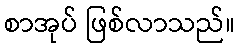
စာအုပ် ဖြစ်လာသည်။